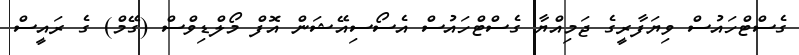
ގެސްޓްހައުސް ވިޔަފާރީގެ ޖަމިއްޔާ ގެސްޓްހައުސް އެސޯސިއޭޝަން އޮފް މޯލްޑިވްސް (ގޭމް) ގެ ރައީސް